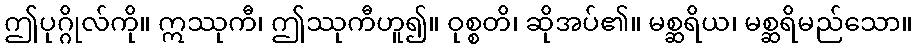
ဤပုဂ္ဂိုလ်ကို။ ဣဿုကီ၊ ဤဿုကီဟူ၍။ ဝုစ္စတိ၊ ဆိုအပ်၏။ မစ္ဆရိယ၊ မစ္ဆရိမည်သော။